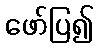
ဖော်ပြ၍